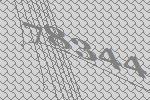
78344